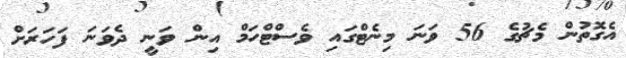
އެގޮތުން މެޗުގެ 56 ވަނަ މިނެޓްގައި ވެސްޓްހަމް އިން ވަނީ ދެވަނަ ފަހަރަށް